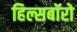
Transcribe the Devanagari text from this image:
हिल्सबॉरो